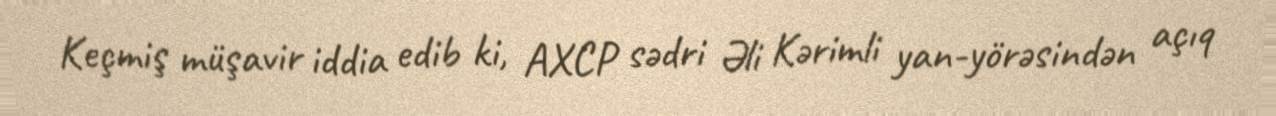
Keçmiş müşavir iddia edib ki, AXCP sədri Əli Kərimli yan-yörəsindən açıq